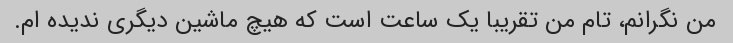
من نگرانم، تام من تقریبا یک ساعت است که هیچ ماشین دیگری ندیده ام.